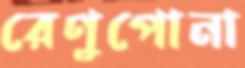
রেণুপোনা